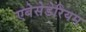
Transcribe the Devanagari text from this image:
एबेसेडेरियम